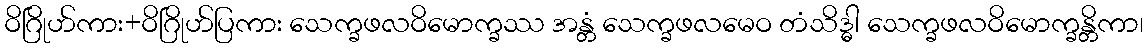
ဝိဂြိုဟ်ကား+ဝိဂြိုဟ်ပြကား သေက္ခဖလဝိမောက္ခဿ အန္တံ သေက္ခဖလမေဝ တံသိဒ္ဓါ သေက္ခဖလဝိမောက္ခန္တိကာ၊